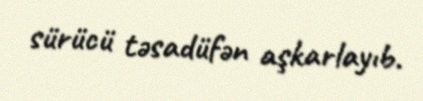
sürücü təsadüfən aşkarlayıb.